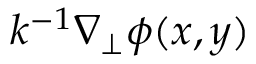
k ^ { - 1 } \nabla _ { \perp } \phi ( x , y )